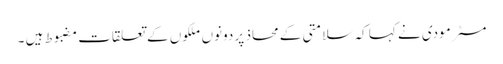
مسٹر مودی نے کہا کہ سلامتی کے محاذ پر دونوں ملکوں کے تعلقات مضبوط ہیں ۔